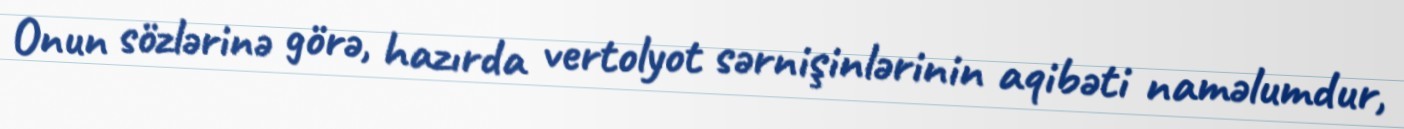
Onun sözlərinə görə, hazırda vertolyot sərnişinlərinin aqibəti naməlumdur,